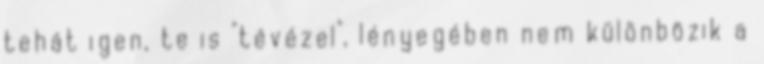
tehát igen, te is "tévézel", lényegében nem különbözik a